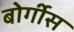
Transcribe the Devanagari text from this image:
बोर्गीस